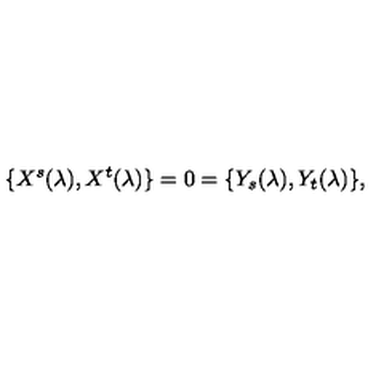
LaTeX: \{ X ^ { s } ( \lambda ) , X ^ { t } ( \lambda ) \} = 0 = \{ Y _ { s } ( \lambda ) , Y _ { t } ( \lambda ) \} ,